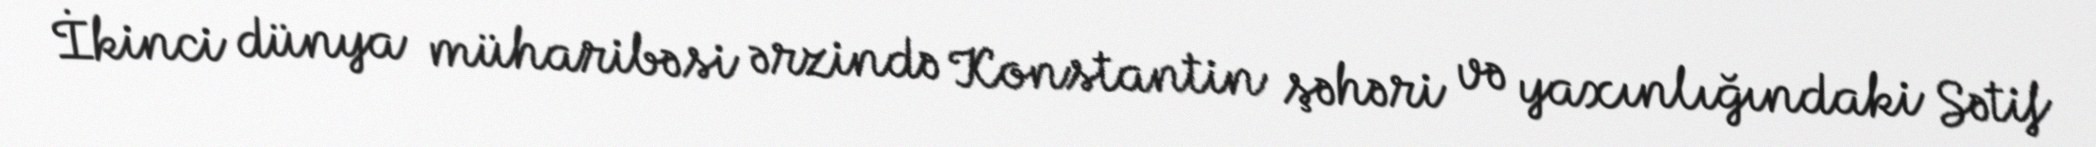
İkinci dünya müharibəsi ərzində Konstantin şəhəri və yaxınlığındaki Sətif